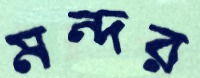
মন্দর